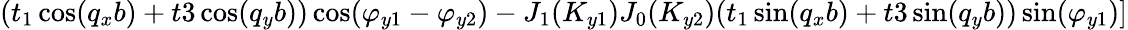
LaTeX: (t_{1}\cos(q_{x}b)+t3\cos(q_{y}b))\cos(\varphi_{y1}-\varphi_{y2})-J_{1}(K_{y1})J_{0}(K_{y2})(t_{1}\sin(q_{x}b)+t3\sin(q_{y}b))\sin(\varphi_{y1})]